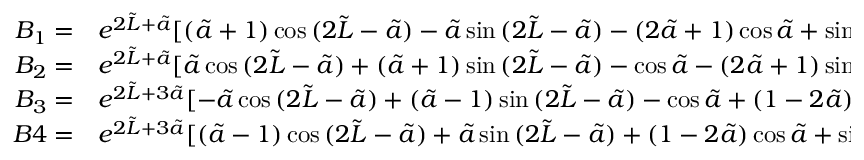
\begin{array} { r l } { B _ { 1 } = } & { { } e ^ { 2 \tilde { L } + \tilde { a } } [ ( \tilde { a } + 1 ) \cos { ( 2 \tilde { L } - \tilde { a } ) } - \tilde { a } \sin { ( 2 \tilde { L } - \tilde { a } ) } - ( 2 \tilde { a } + 1 ) \cos { \tilde { a } } + \sin { \tilde { a } } ] } \\ { B _ { 2 } = } & { { } e ^ { 2 \tilde { L } + \tilde { a } } [ \tilde { a } \cos { ( 2 \tilde { L } - \tilde { a } ) } + ( \tilde { a } + 1 ) \sin { ( 2 \tilde { L } - \tilde { a } ) } - \cos { \tilde { a } } - ( 2 \tilde { a } + 1 ) \sin { \tilde { a } } ] } \\ { B _ { 3 } = } & { { } e ^ { 2 \tilde { L } + 3 \tilde { a } } [ - \tilde { a } \cos { ( 2 \tilde { L } - \tilde { a } ) } + ( \tilde { a } - 1 ) \sin { ( 2 \tilde { L } - \tilde { a } ) } - \cos { \tilde { a } } + ( 1 - 2 \tilde { a } ) \sin { \tilde { a } } ] } \\ { B 4 = } & { { } e ^ { 2 \tilde { L } + 3 \tilde { a } } [ ( \tilde { a } - 1 ) \cos { ( 2 \tilde { L } - \tilde { a } ) } + \tilde { a } \sin { ( 2 \tilde { L } - \tilde { a } ) } + ( 1 - 2 \tilde { a } ) \cos { \tilde { a } } + \sin { \tilde { a } } ] } \end{array}